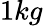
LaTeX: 1kg